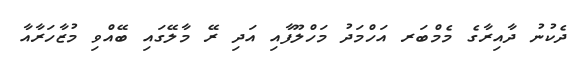
ދެކުނު ދާއިރާގެ މެމްބަރ އަހްމަދު މަހްލޫފާއި އަދި ރޭ މާލޭގައި ބޭއްވި މުޒާހަރާއާ